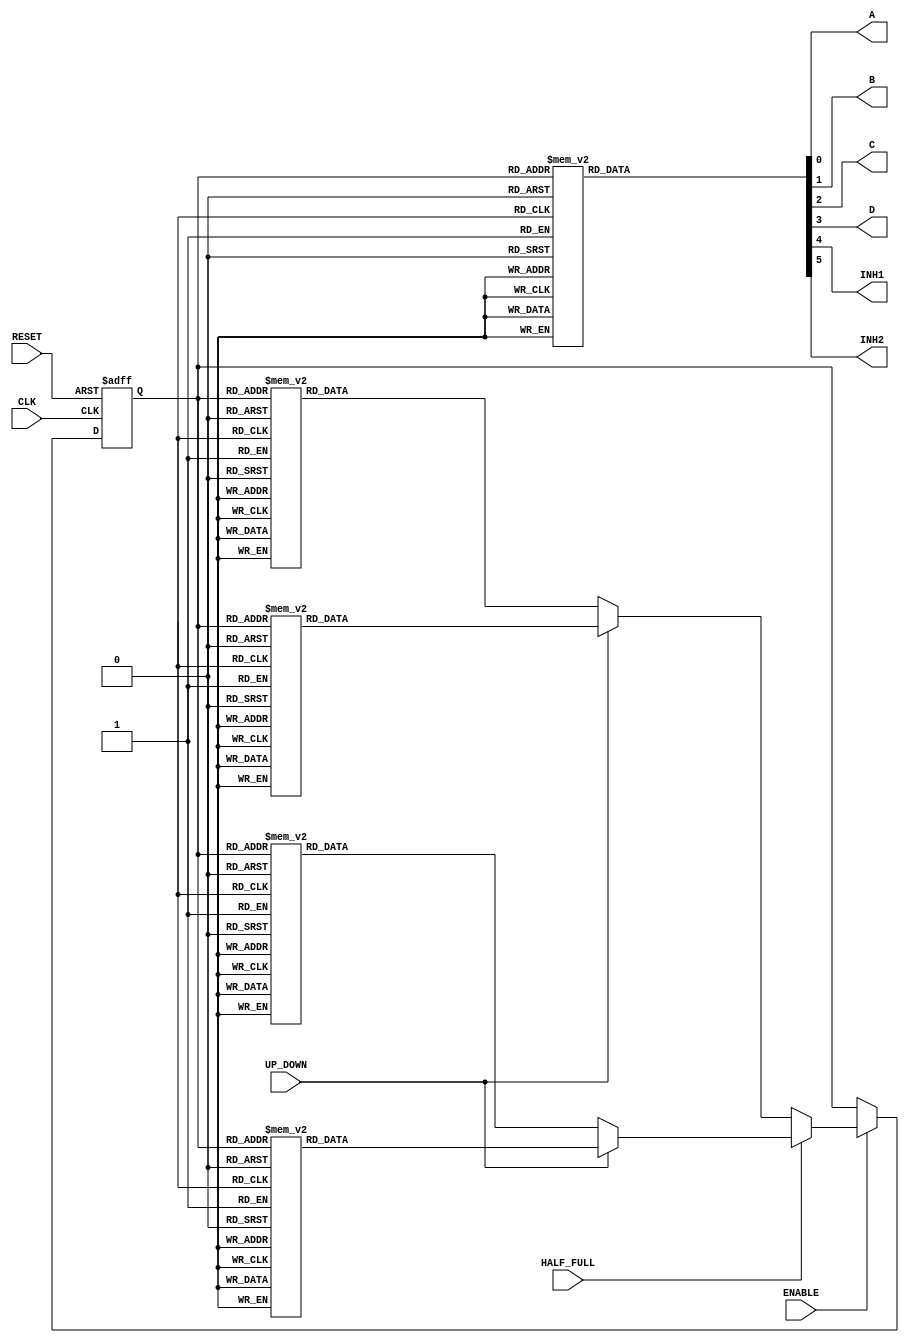
/**
    En este proyecto disearemos un circuito controlador para un motor paso a paso, 
    basado en una mquina de estados finitos, y comprobaremos su funcionamiento mediante un emulador de motor.
**/

// HALF_FULL=1 --> (1 a 2) ; HF=0 --> ()
module control_motor(
    // Declaramos las seales de entradas -->
    input CLK, RESET, ENABLE, HALF_FULL, UP_DOWN,

    // Declaramos las seales de salida -->
    output reg A, B, C, D, INH1, INH2
) ;

// Declaramos los estados "actual" y "siguiente" respectivamente -->
reg [2:0] state, next_state;

// Declaramos los valores de los 8 estados que existen --> (3 bits) --> 2^3 = 8 -->
parameter s1 = 3'd0, s2 = 3'd1, s3 = 3'd2, s4 = 3'd3, s5 = 3'd4, s6 = 3'd5, s7 = 3'd6, s8 = 3'd7;

/**
 * Copia next_state a state al ritmo del reloj. Tambin reinicia al estado s1 si se pulsa
 * el botn de RESET.
 */
always @(posedge CLK or negedge RESET) begin
    if(!RESET)
        state <= s1;
    else
        state <= next_state;
end

// Este modo es posiblemente ms eficiente, pero no crea una mquina de estados
/*always @(HALF_FULL or UP_DOWN or ENABLE or state) begin
  if(ENABLE)
	 if(HALF_FULL)
		if(UP_DOWN)
		  next_state = state+1;
		else
		  next_state = state-1;
    else
	   if(UP_DOWN)
		  next_state = state+2;
	   else
		  next_state = state-2;
  else
	 next_state = state;
end*/

always @(HALF_FULL, UP_DOWN, ENABLE, state) begin
    if (ENABLE)
        if (HALF_FULL)
            if (UP_DOWN)
                // Incrementamos 1
                case (state)
                    s1: next_state = s2;
                    s2: next_state = s3;
                    s3: next_state = s4;
                    s4: next_state = s5;
                    s5: next_state = s6;
                    s6: next_state = s7;
                    s7: next_state = s8;
                    s8: next_state = s1;
                endcase
            else
                // Decrementamos 1
                case (state)
                    s1: next_state = s8;
                    s2: next_state = s1;
                    s3: next_state = s2;
                    s4: next_state = s3;
                    s5: next_state = s4;
                    s6: next_state = s5;
                    s7: next_state = s6;
                    s8: next_state = s7;
                endcase
        else
            if (UP_DOWN)
                // Incrementamos 2
                case (state)
                    s1: next_state = s3;
                    s2: next_state = s4;
                    s3: next_state = s5;
                    s4: next_state = s6;
                    s5: next_state = s7;
                    s6: next_state = s8;
                    s7: next_state = s1;
                    s8: next_state = s2;
                endcase
            else
                // Decrementamos 2
                case (state)
                    s1: next_state = s7;
                    s2: next_state = s8;
                    s3: next_state = s1;
                    s4: next_state = s2;
                    s5: next_state = s3;
                    s6: next_state = s4;
                    s7: next_state = s5;
                    s8: next_state = s6;
                endcase
    else
        // Mantenemos el estado si no est habilitado
        next_state = state;
end

always @(state) begin
    case(state)
        s1: begin A = 0; B = 1; C = 0; D = 1; INH1 = 1; INH2 = 1; end
        s2: begin A = 0; B = 0; C = 1; D = 1; INH1 = 0; INH2 = 1; end
        s3: begin A = 1; B = 0; C = 0; D = 1; INH1 = 1; INH2 = 1; end
        s4: begin A = 1; B = 0; C = 0; D = 0; INH1 = 1; INH2 = 0; end
        s5: begin A = 1; B = 0; C = 1; D = 0; INH1 = 1; INH2 = 1; end
        s6: begin A = 0; B = 0; C = 1; D = 0; INH1 = 0; INH2 = 1; end
        s7: begin A = 0; B = 1; C = 1; D = 0; INH1 = 1; INH2 = 1; end
        s8: begin A = 0; B = 1; C = 0; D = 0; INH1 = 1; INH2 = 0; end
        default: begin A = 0; B = 1; C = 0; D = 1; INH1 = 1; INH2 = 1; end
    endcase
end

endmodule